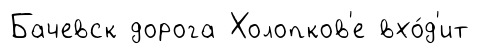
Бачевск дорога Холопков'е вхо́д'ит